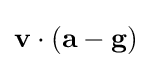
\mathbf {v} \cdot (\mathbf {a} -\mathbf {g} )